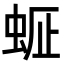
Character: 𧋇